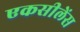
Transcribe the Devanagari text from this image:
एकसीलेंस